Indian journal of veterinary science and animal husbandry - Volume 8,
Year: 1938
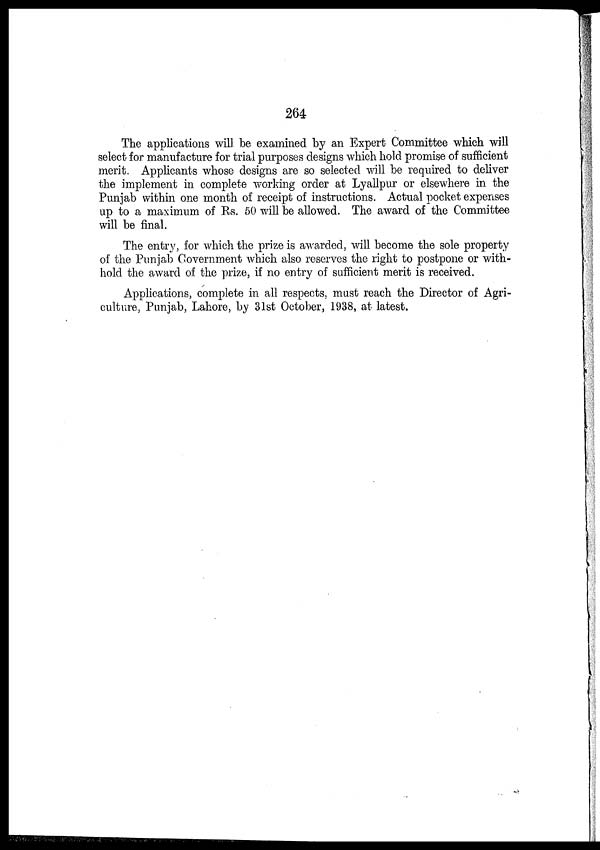
264
The applications will be examined by an Expert Committee which will
select for manufacture for trial purposes designs which hold promise of sufficient
merit. Applicants whose designs are so selected will be required to deliver
the implement in complete working order at Lyallpur or elsewhere in the
Punjab within one month of receipt of instructions. Actual pocket expenses
up to a maximum of Rs. 50 will be allowed. The award of the Committee
will be final.
The entry, for which the prize is awarded, will become the sole property
of the Punjab Government which also reserves the right to postpone or with-
hold the award of the prize, if no entry of sufficient merit is received.
Applications, complete in all respects, must reach the Director of Agri-
culture, Punjab, Lahore, by 31st October, 1938, at latest.